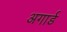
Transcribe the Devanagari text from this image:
अगार्ड